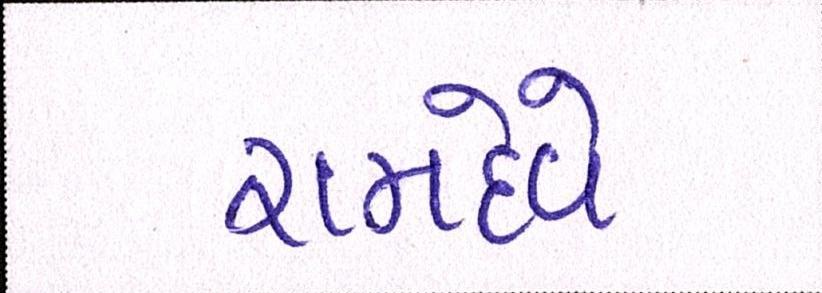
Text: રામદેવે